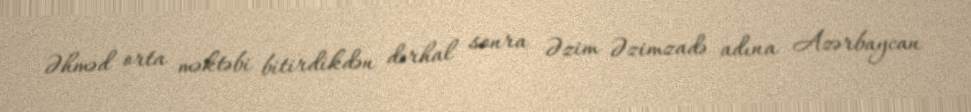
Əhməd orta məktəbi bitirdikdən dərhal sonra Əzim Əzimzadə adına Azərbaycan